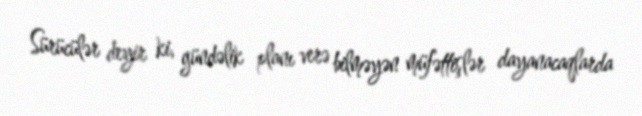
Sürücülər deyir ki, gündəlik planı verə bilməyən müfəttişlər dayanacaqlarda